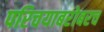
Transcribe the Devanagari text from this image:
परिचयाबरोबरच